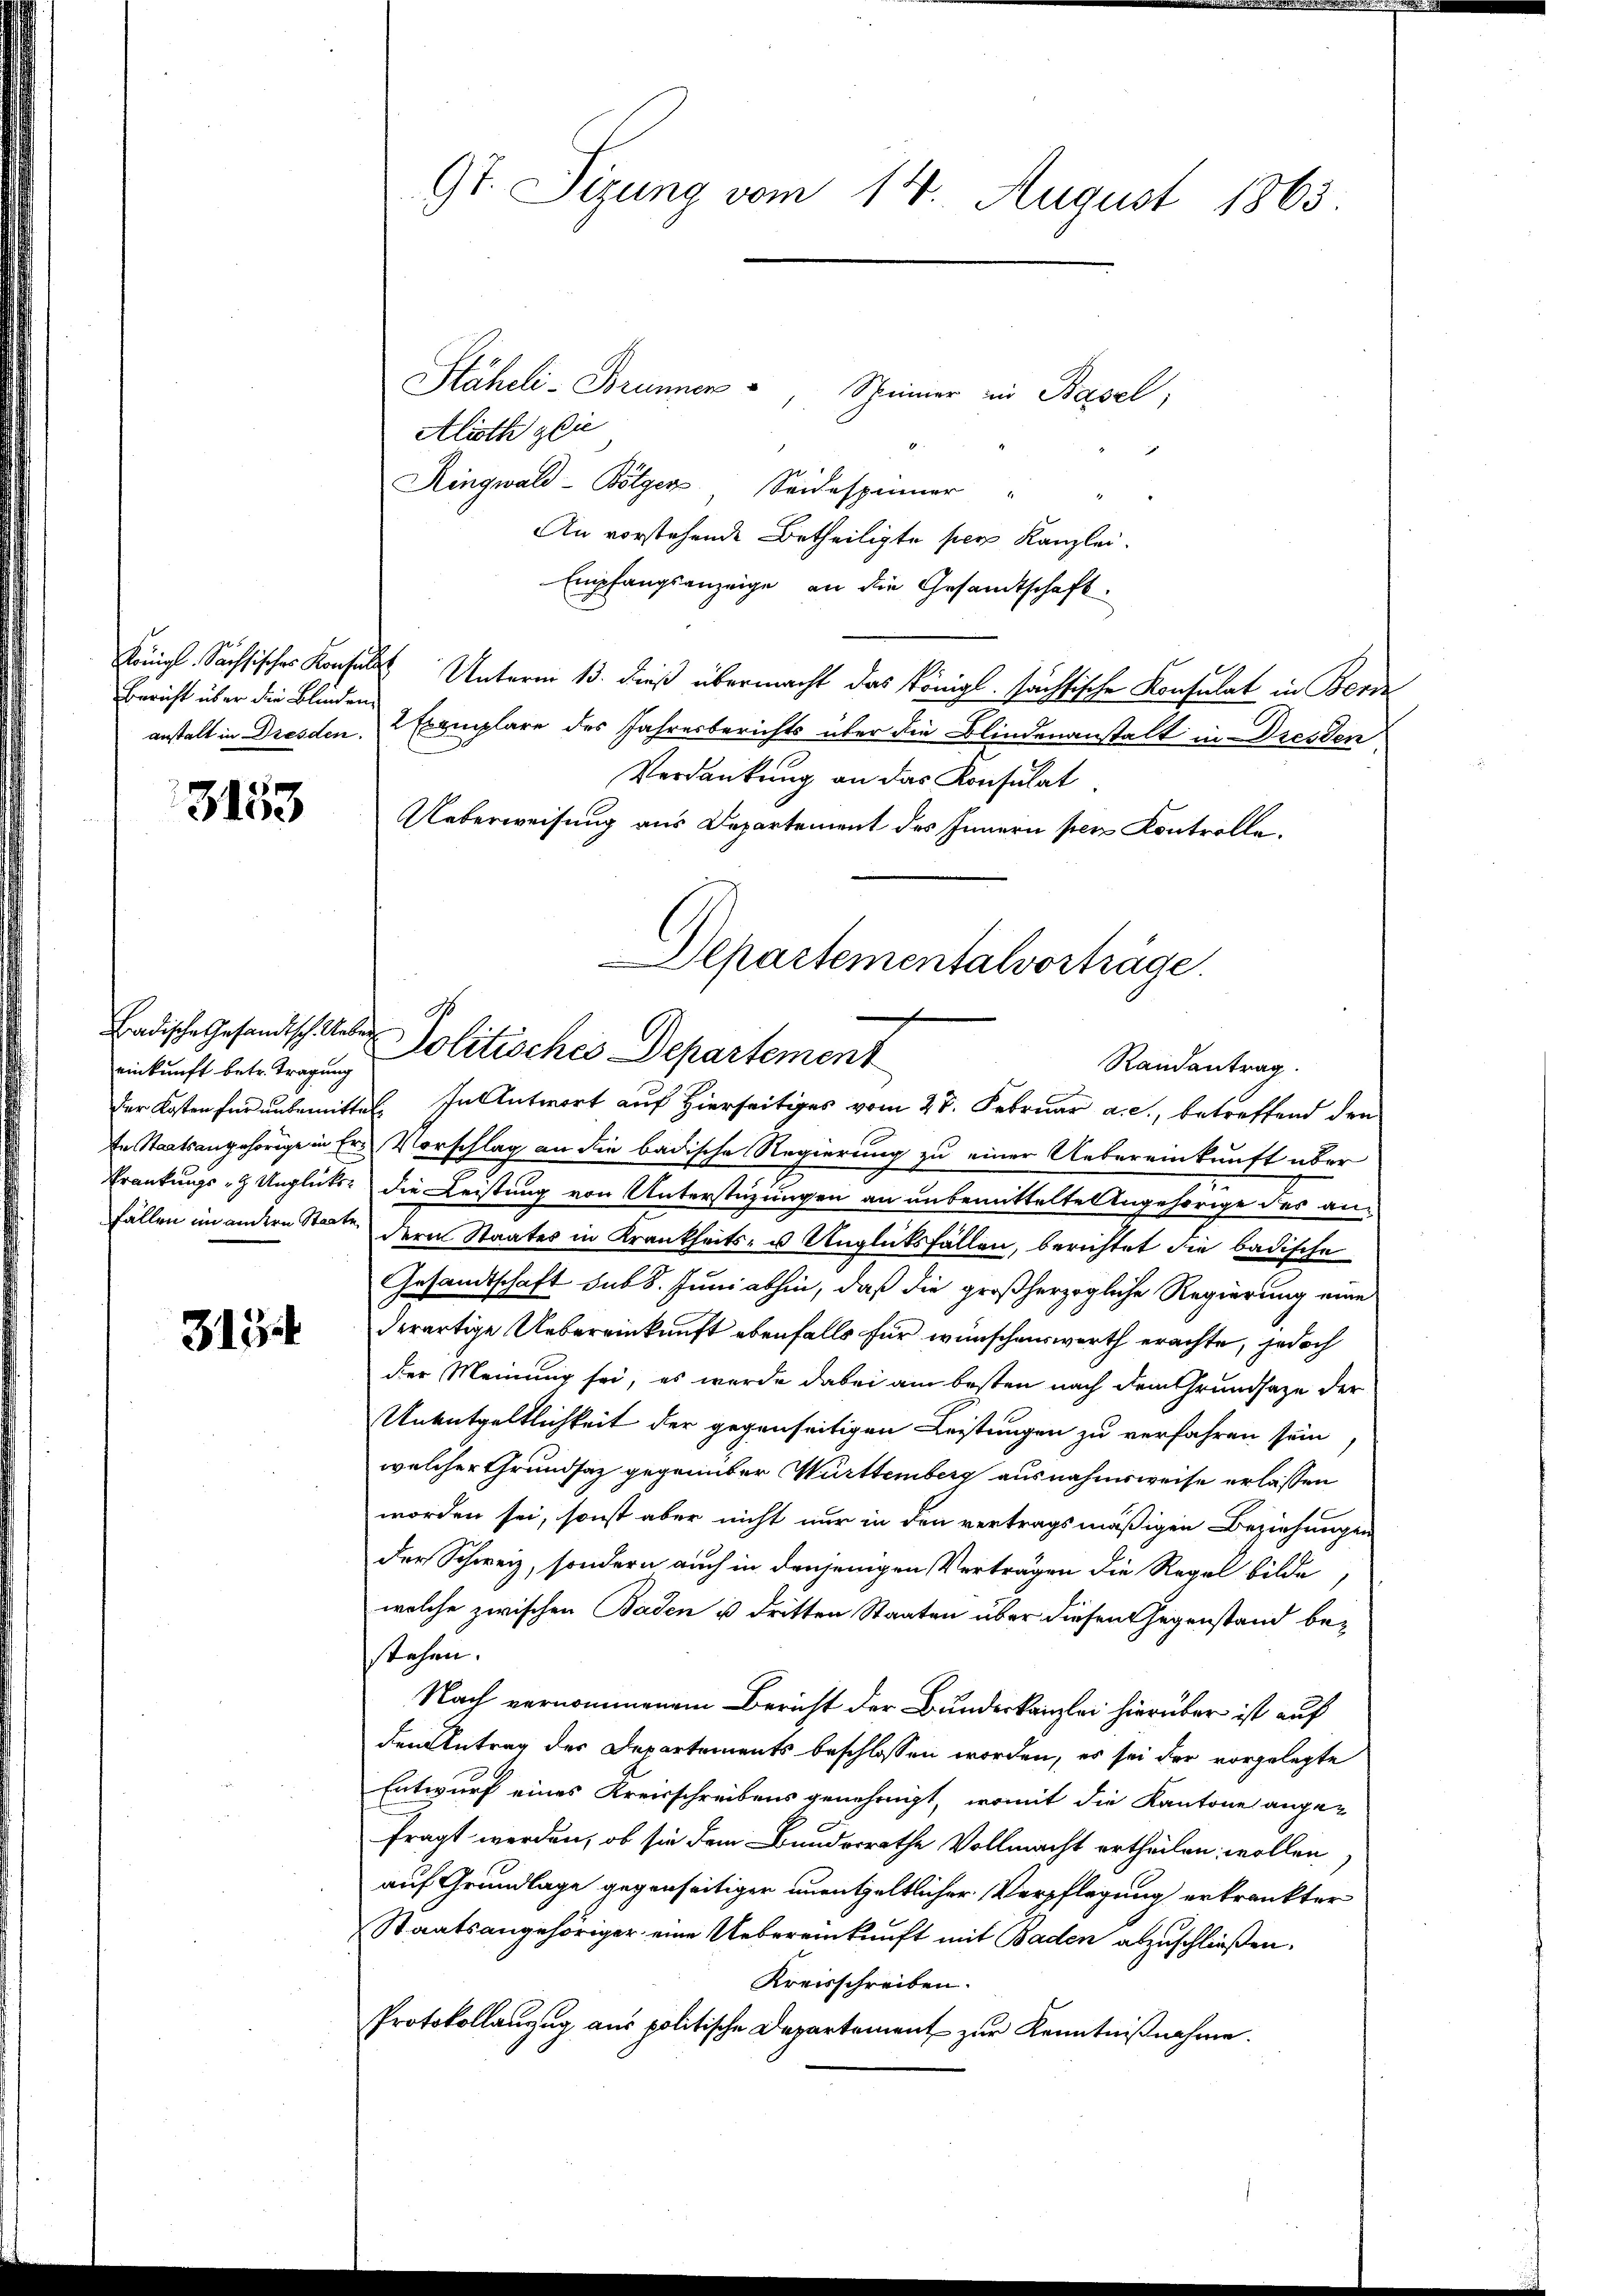
Königl. Sächsisches Konfin
Bericht über die Blinden
anstalt in Dresden.

3153

einkunft betr. Tragung

313

te Staatsangehörige in Ers Vorschlag an die badische Regierung zu einer Uebereinkunft über
Krankungs - Unglücks die Leistung von Unterstüzungen an unbemittelte Angehörige des an-
Fällen im andern Staate deren Staates in Krankheits- u Unglücksfällen, berichtet die badische
Gesandtschaft sub 8. Juniathin, daß die großherzogliche Regierung eine
derartige Uebereinkunft ebenfalls für wünschenswerth erachte, jedoch
der Meinung sei, es werde dabei am besten nach dem Grundsatze der
Unentgeltlichkeit der gegenseitigen Leistungen zu verfahren sein
welcher Grundsaz gegenüber Württemberg ausnahmsweise erlassen
worden sei, sonst aber nicht nur in den vertragsmäßigen Beziehungen
der Schweiz, sondern auch in denjenigen Verträgen die Regel bilde,
welche zwischen Baden u dritten Staaten über diesen Gegenstand bestehen.
Nach vernommenem Bericht der Bundeskanzlei hierüber ist auf
den Antrag der Departements beschlossen worden, es sei der vorgelegte
Entwurf eines Kreisschreibens genehmigt, womit die Kantone ange-
fragt werden, ob sie dem Bunderrathe Vollmacht ertheilen wollen
auf Grundlage gegenseitiger unentgeltlicher Verpflegung erkrankter
Staatsangehöriger eine Uebereinkunft mit Baden abzuschließen.
Kreisschreiben.
Protokollanzug aus politische Departement zur Kenntnißnahme.

9t. Sizung vom 14. August 1863

Stäheli- Brunnen Scheiner in Basel,
Alioth gie
1
Ringwald- Bölger, Seidespinner " "
An vorstehende Betheiligte per Kanzlei.
Empfangsanzeige, an die Gesandtschaft.
2 Unterm 13. dieß übermacht das Königl. sächsische Konsulat in Bere
2 Exemplare des Jahresberichts über die Blindenanstalt in Dresden
Verdankung an das Konsulat
Ueberweisung aus Departement des Innern per Kontrolle.

Departementalvorträge.
Badische Gesandtsch Ueber Politisches Departement
Randantrag.
Der Kosten für unbemittel. In Antwort auf Hierseitiges vom 27. Februar a. c., betreffend den